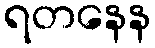
ရတနေန